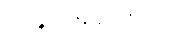
အခွင့်အရေးအား